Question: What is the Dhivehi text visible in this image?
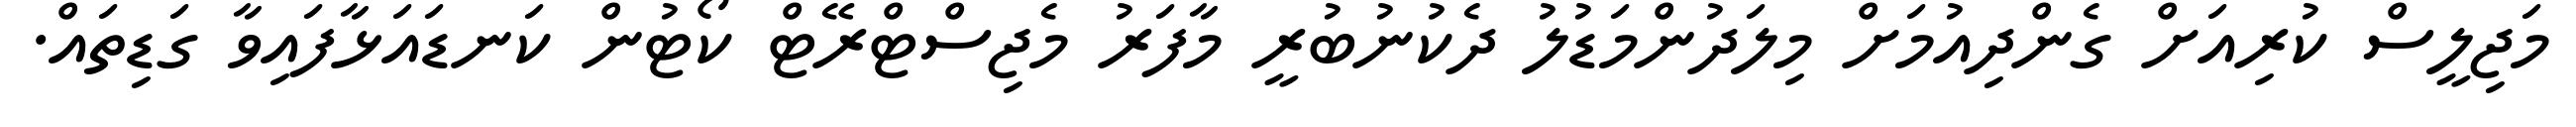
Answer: މަޖިލީސް ކުރިއަށް ގެންދިއުމަށް މިލަދުންމަޑުލު ދެކުނުބުރީ މާފަރު މެޖިސްޓްރޭޓް ކޯޓުން ކަނޑައަޅާފައިވާ ގަޑިތައް.